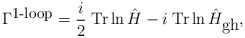
\begin{align*}\Gamma^{\mbox{\small 1-loop}}={i \over 2}\;\mbox{Tr} \ln {\hat{H}} - i\;\mbox{Tr}\ln {\hat{H}_{\mbox{gh}}},\end{align*}